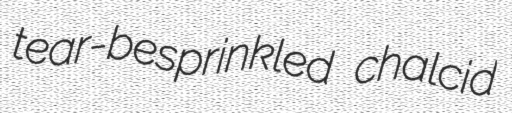
tear-besprinkled chalcid